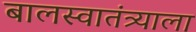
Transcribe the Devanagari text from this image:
बालस्वातंत्र्याला